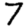
Digit: 7